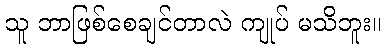
သူ ဘာဖြစ်စေချင်တာလဲ ကျုပ် မသိဘူး။